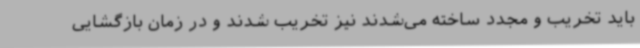
باید تخریب و مجدد ساخته می‌شدند نیز تخریب شدند و در زمان بازگشایی